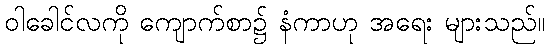
ဝါခေါင်လကို ကျောက်စာ၌ နံကာဟု အရေး များသည်။